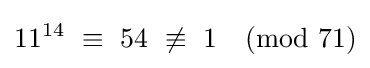
11^{14}\ \equiv \ 54\ \not \equiv \ 1{\pmod {71}}